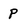
Character: p